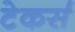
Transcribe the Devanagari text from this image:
टेकर्स